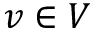
v \in V